Jaan_Tonisson_(Lasteleht), lk 110
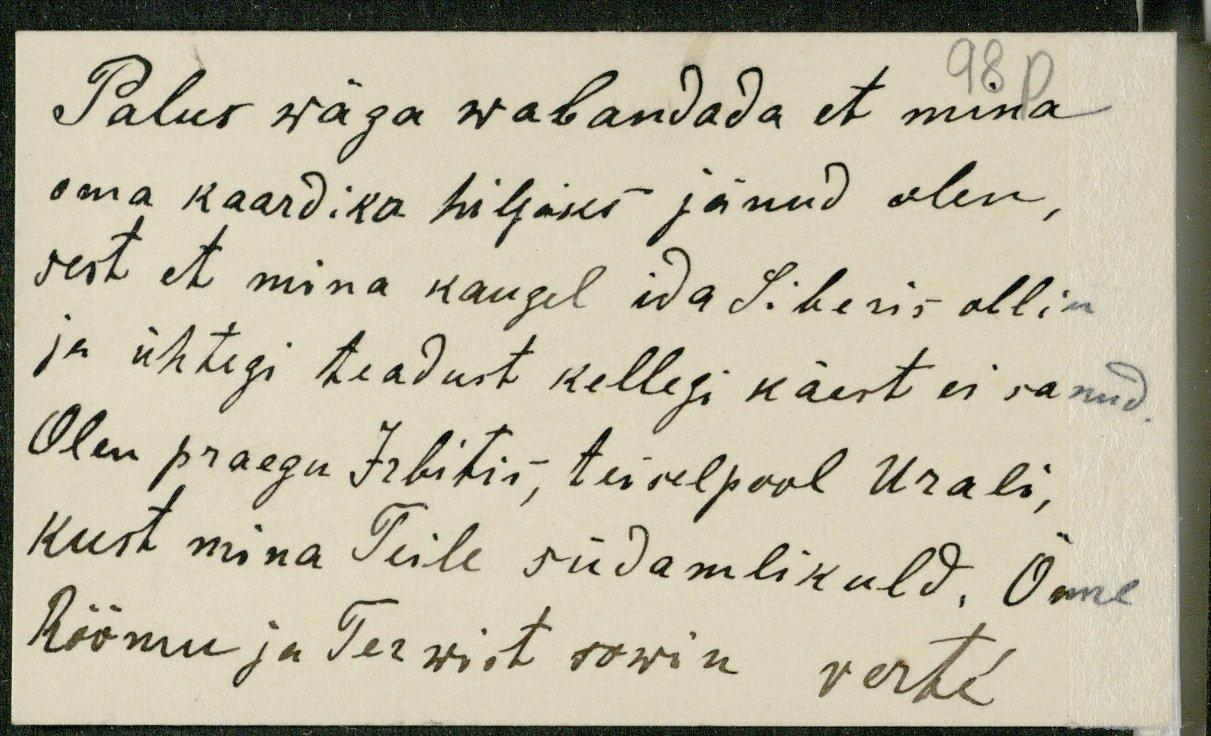
Palun wäga wabandada et mina
98p
oma kaardika hiljaks jänud olen,
sest et mina kaugel ida Siberis ollin
ja ühtegi teadust kellegi käest ei sanud
Olen praegu Irbitis, teiselpool Urali,
kust mina Teile südamlikuld. Õnne
Rõõmu ja Terwist sowin
verté